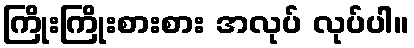
ကြိုးကြိုးစားစား အလုပ် လုပ်ပါ။